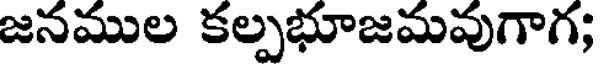
జనముల కల్పభూజమవుగాగ;